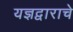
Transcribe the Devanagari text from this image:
यज्ञद्वाराचे